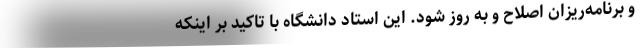
و برنامه‌ریزان اصلاح و به روز شود. این استاد دانشگاه با تاکید بر اینکه